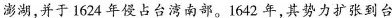
澎湖，并于1624年侵占台湾南部。1642年，其势力扩张到台